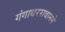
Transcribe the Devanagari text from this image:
गंगाधररावानने